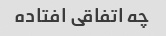
چه اتفاقی افتاده